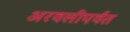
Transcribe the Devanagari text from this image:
अरवलीपर्वत